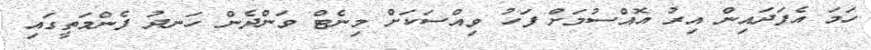
ހަމަ އެފަދައިން އިރު އޮއްސުމަށް ފަހު ވިއްސަކަށް މިނެޓް ވަންދެން ހަނދު ފެންމަތީގައި